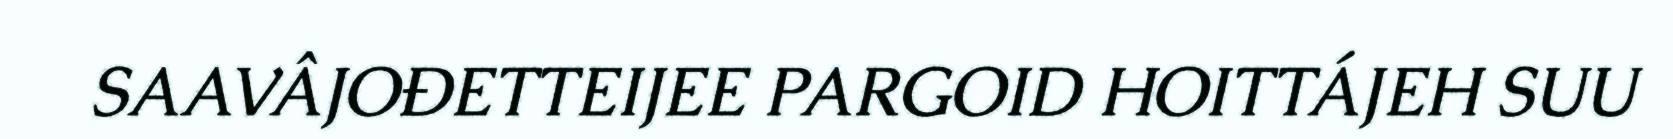
SAAVÂJOĐETTEIJEE PARGOID HOITTÁJEH SUU